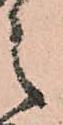
之